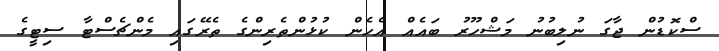
ސްކޮޑުން ޖާގަ ނުލިބުނު މަޝްހޫރު ބައެއް އެހެން ކުޅުންތެރިންގެ ތެރޭގައި މެންޗެސްޓާ ސިޓީގެ